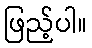
ဖြည့်ပါ။